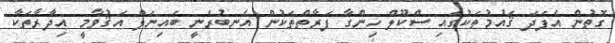
ގޮތުން އެފަދަ ޤައުމުތަކުގައި ސްކޫލް ހިންގާ ފަރާތްތަކުން އެނބުރެނީ ބައިނަލް އަޤުވާމީ އިދާރާތަކާ